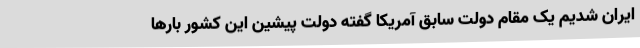
ایران شدیم یک مقام دولت سابق آمریکا گفته دولت پیشین این کشور بارها